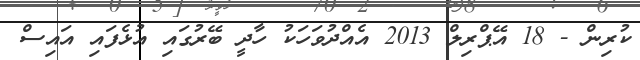
ކުރިން - 18 އޭޕްރިލް 2013 އެއްދުވަހަކު ހާދީ ބޭރުގައި އުޅެފައި އައިސް